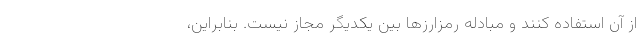
از آن استفاده کنند و مبادله رمزارزها بین یکدیگر مجاز نیست. بنابراین،